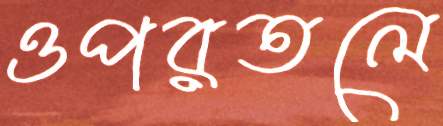
ওপরতলে